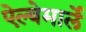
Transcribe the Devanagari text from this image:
ऐल्बेमार्ले